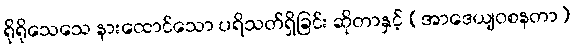
ရိုရိုသေသေ နားထောင်သော ပရိသတ်ရှိခြင်း ဆိုတာနှင့် (အာဒေယျဝစနတာ)